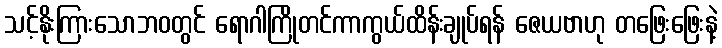
သင့်နိုးကြားသောဘဝတွင် ရောဂါကြိုတင်ကာကွယ်ထိန်းချုပ်ရန် ဇေယဗာဟု တဖြေးဖြေးနဲ့